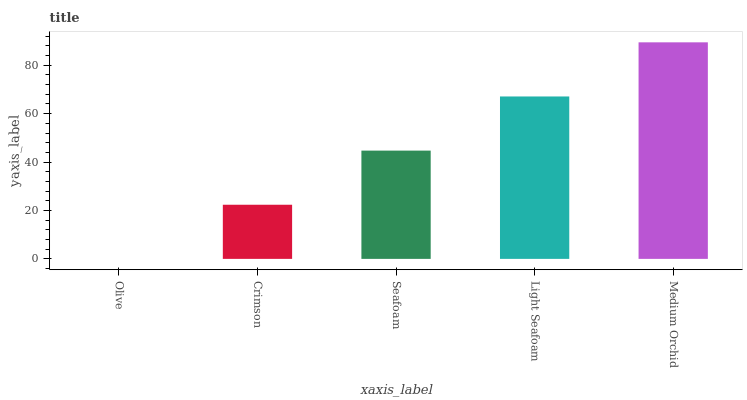
| xaxis_label | bars |
 | --- | --- |
 | Olive | 0 |
 | Crimson | 22.4 |
 | Seafoam | 44.7 |
 | Light Seafoam | 67.1 |
 | Medium Orchid | 89.5 |